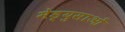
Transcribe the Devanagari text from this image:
मेड्युसाओं